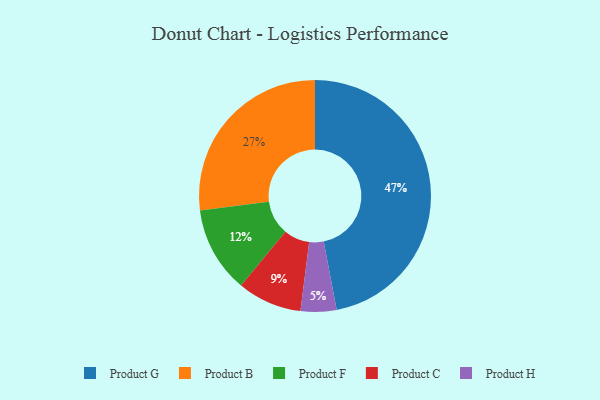
{"axis": {"x": "Category", "y": "Percentage"}, "legend": ["Product B", "Product C", "Product F", "Product G", "Product H"], "data": [{"x": "Product H", "y": 5, "type": "Product H"}, {"x": "Product C", "y": 9, "type": "Product C"}, {"x": "Product F", "y": 12, "type": "Product F"}, {"x": "Product B", "y": 27, "type": "Product B"}, {"x": "Product G", "y": 47, "type": "Product G"}]}